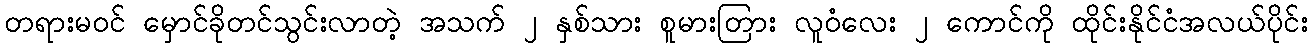
တရားမဝင် မှောင်ခိုတင်သွင်းလာတဲ့ အသက် ၂ နှစ်သား စူမားတြား လူဝံလေး ၂ ကောင်ကို ထိုင်းနိုင်ငံအလယ်ပိုင်း